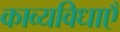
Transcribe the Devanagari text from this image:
काव्यविधाएँ